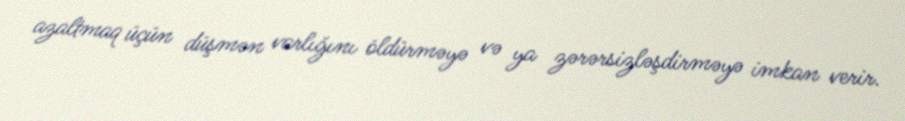
azaltmaq üçün düşmən varlığını öldürməyə və ya zərərsizləşdirməyə imkan verir.